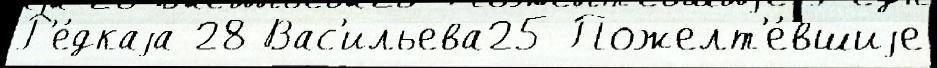
Р'е́дкаjа 28 Вас'ильева25 Пожелт'е́вшиjе